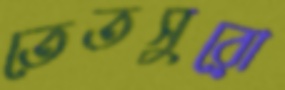
তেতসুরো